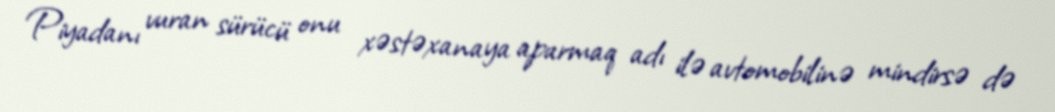
Piyadanı vuran sürücü onu xəstəxanaya aparmaq adı ilə avtomobilinə mindirsə də